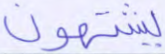
يشتهون